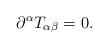
LaTeX: \begin{align*}\partial^\alpha T_{\alpha \beta} = 0.\end{align*}